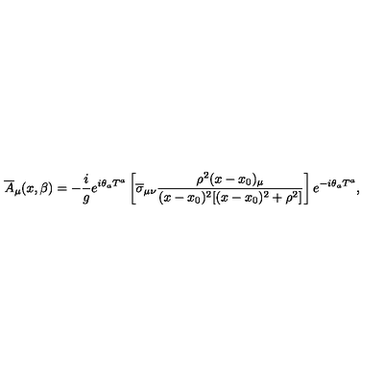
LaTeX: { \overline { A } } _ { \mu } ( x , \beta ) = - \frac { i } { g } e ^ { i \theta _ { a } T ^ { a } } \left[ { \overline { \sigma } } _ { \mu \nu } \frac { \rho ^ { 2 } ( x - x _ { 0 } ) _ { \mu } } { ( x - x _ { 0 } ) ^ { 2 } [ ( x - x _ { 0 } ) ^ { 2 } + \rho ^ { 2 } ] } \right] e ^ { - i \theta _ { a } T ^ { a } } ,